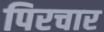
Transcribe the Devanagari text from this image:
पिरचार